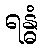
ရန္ဓံ